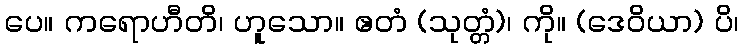
ပေ။ ကရောဟီတိ၊ ဟူသော။ ဧတံ (သုတ္တံ)၊ ကို။ (ဒေဝိယာ) ပိ၊